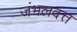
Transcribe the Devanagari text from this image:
जंभलदत्त